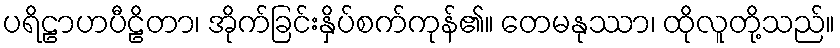
ပရိဠာဟပီဠိတာ၊ အိုက်ခြင်းနှိပ်စက်ကုန်၏။ တေမနုဿာ၊ ထိုလူတို့သည်။